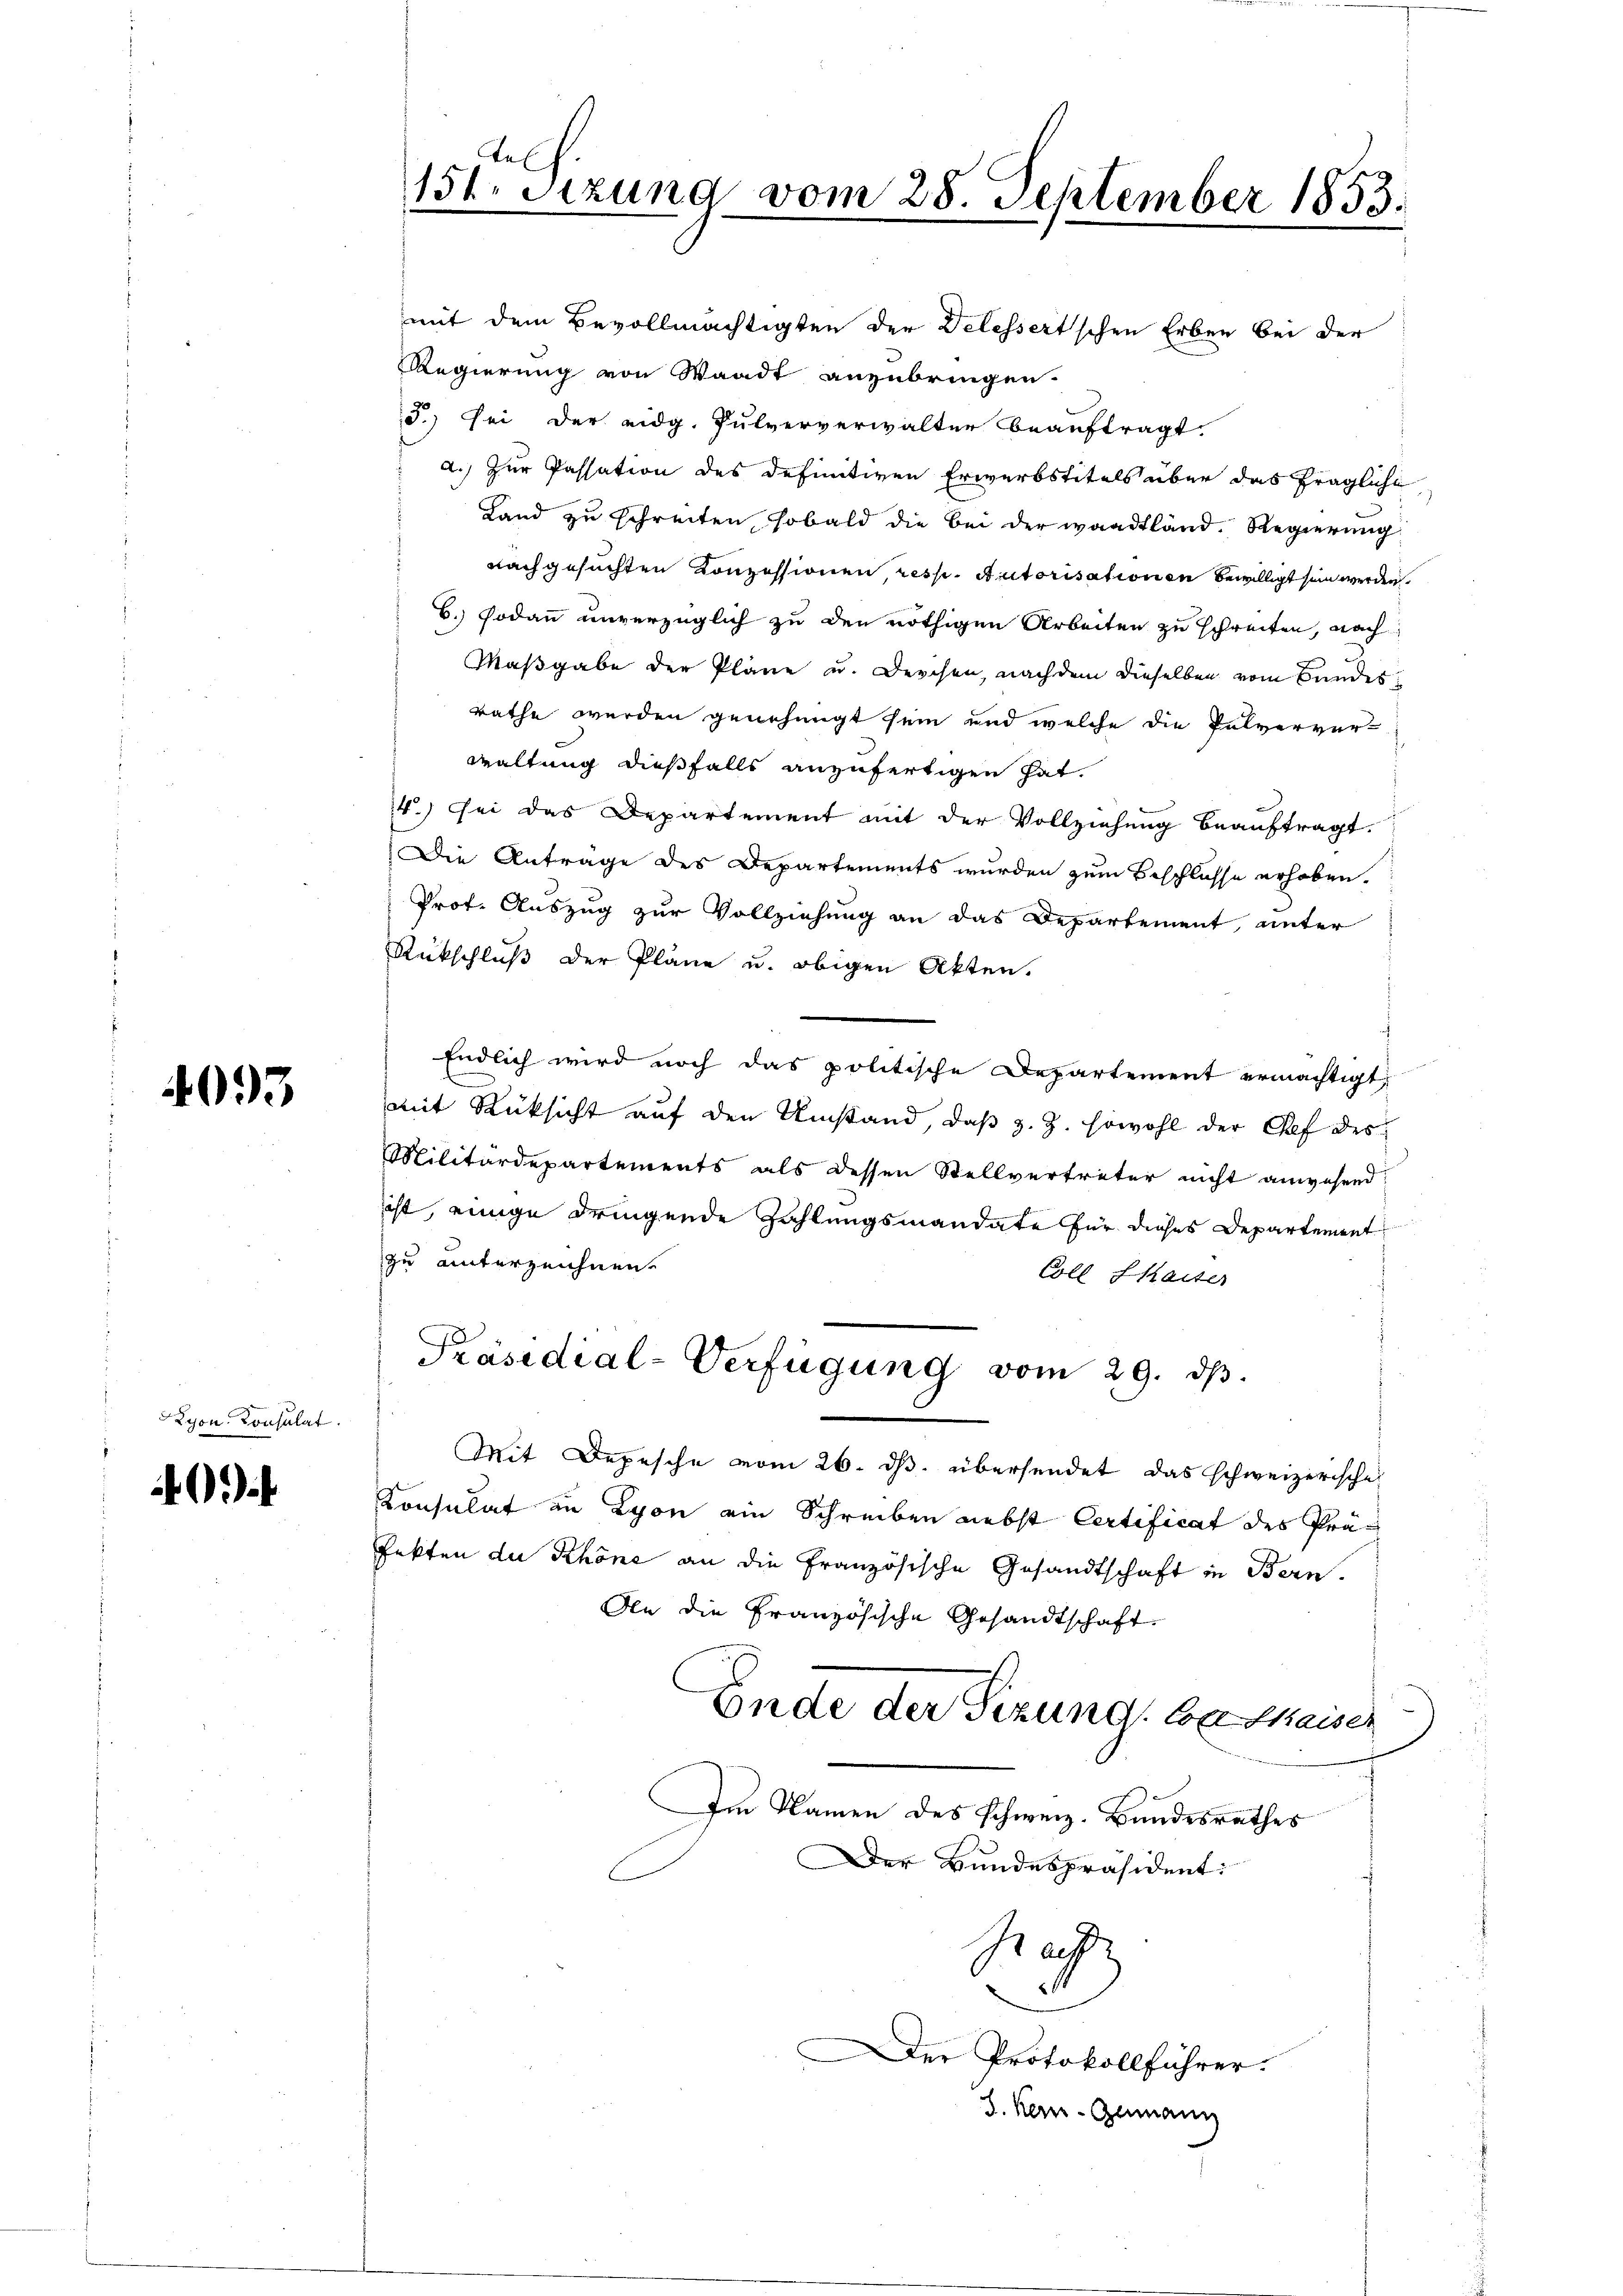
4093

yon Consulat

0

mit dem Bevollmächtigten der Delessertschen Erben bei der
Regierung von Waadt anzubringen.
J.) sei der eidg. Pulververwalter beauftragt.
a.) Zur Passation des definitiven Erwerbstitels über das fragliche
Land zu schreiten, sobald die bei der waadtländ. Regierung
nachgesuchten Konzessionen, resp. Autorisationen bewilligt sein werden.
B. Sodann unverzüglich zu den nöthigen Arbeiten zu schreiten, nach
Maßgabe der Pläne u. Derchen, nachdem dieselben vom Bundes
rathe werden genehmigt sein und welche die Pulverver-
waltung dießfalls anzufertigen hat.
14.) Sei das Departement mit der Vollziehung beauftragt.
Die Antrage des Departements wurden zum Beschlusse erhoben.
Prof. Auszug zur Vollziehung an das Departement, unter
Rückschluß der Pläne u. obigen Akten.
Endlich wird noch das politische Departement ermächtigt,
mit Rücksicht auf den Umstand, daβ z. Z. sowohl der Pf des
Militärdepartements als dessen Stellvertreter nicht anwesend:
ist, einige dringende Zahlungsmandate für dieses Departement
zu unterzeichnen.
Coll halter
Präsidial-Verfügung vom 29. ds.
Mit Depesche vom 26. ds. übersendet das schweizerische
Konsulat an Lyon ein Schreiben nebst Certificat des Präfekten du Schöne an die Französische Gesandtschaft in Bern.
Aln die Französische Gesandtschaft
Ende der Sizung, der Maiser
Im Namen des schweiz. Bandesrathes
Der Bundespräsident:
Ra
Der Protokollführer.
S. Kern-Germann

151. Sitzung vom 28. September 1853.